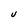
Character: U